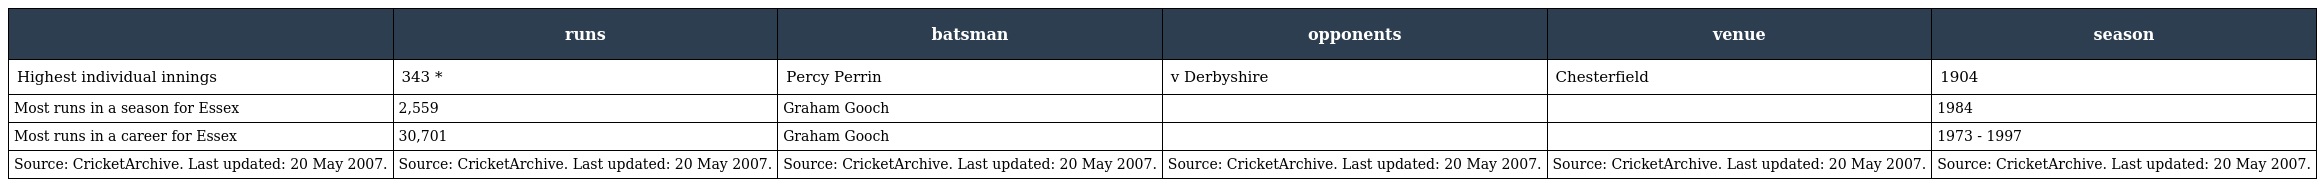
|  | runs | batsman | opponents | venue | season |
 | --- | --- | --- | --- | --- | --- |
 | Highest individual innings | 343 * | Percy Perrin | v Derbyshire | Chesterfield | 1904 |
 | Most runs in a season for Essex | 2,559 | Graham Gooch |  |  | 1984 |
 | Most runs in a career for Essex | 30,701 | Graham Gooch |  |  | 1973 - 1997 |
 | Source: CricketArchive. Last updated: 20 May 2007. | Source: CricketArchive. Last updated: 20 May 2007. | Source: CricketArchive. Last updated: 20 May 2007. | Source: CricketArchive. Last updated: 20 May 2007. | Source: CricketArchive. Last updated: 20 May 2007. | Source: CricketArchive. Last updated: 20 May 2007. |